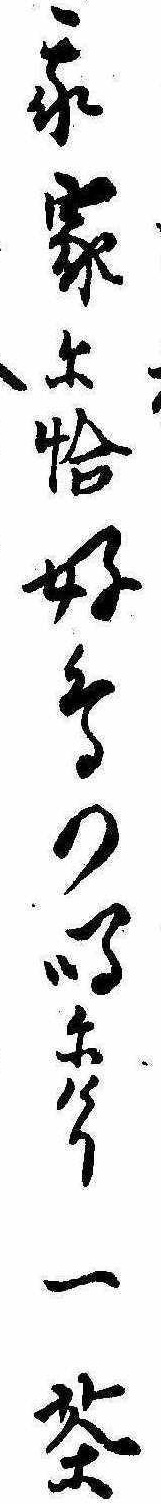
我家に恰好鳥の鳴にけり一茶